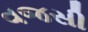
વજસી